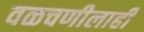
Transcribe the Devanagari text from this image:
वळचणीलाही